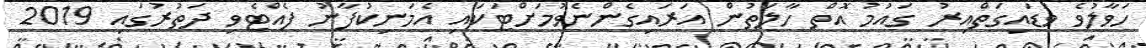
ހަވާލުވެ ވަޑައިގަތްއިރު ގައުމު އޮތް ހާލަތުން އަރައިގެންނެވުމަށްޓަކައި އެމަނިކުފާނު ފެއްޓެވި ދަތުރުގައި 2019